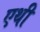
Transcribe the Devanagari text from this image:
एथी